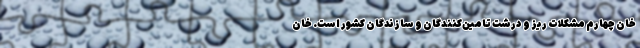
خان چهارم مشکلات ریز و درشت تامین‌کنندگان و سازندگان کشور است. خان